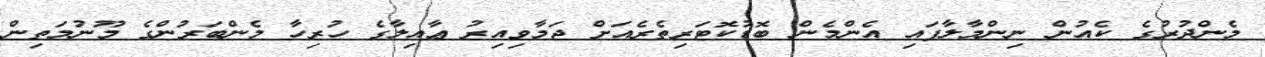
މެންދުރުގެ ކެއުން ނިންމާލާފައި އެންމެން ބޮޑުކޮޓަރިތެރެއަށް ޖަމާވިއިރު ޢާއިލާގެ ހުރިހާ މެންބަރުންގެ މޫނުމަތިން